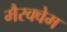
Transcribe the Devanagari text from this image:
मैरक्वेम